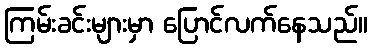
ကြမ်းခင်းများမှာ ပြောင်လက်နေသည်။